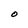
Character: O